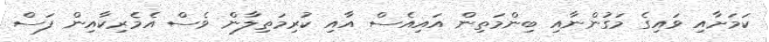
ކަމަށާއި ވައިގެ މަގުންނާއި ބިންމަތިން އައިއެސް އާއި ކުރިމަތިލާން ވެސް އެމެރިކާއިން ފަސް